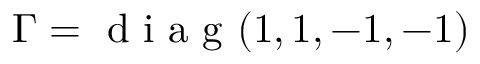
\Gamma = \mathrm { ~ d ~ i ~ a ~ g ~ } ( 1 , 1 , - 1 , - 1 )